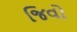
જિવો